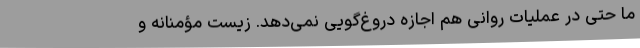
ما حتی در عملیات روانی هم اجازه دروغ‌گویی نمی‌دهد. زیست مؤمنانه و